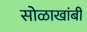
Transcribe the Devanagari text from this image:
सोळाखांबी